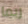
ربما